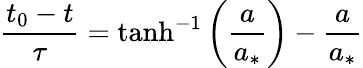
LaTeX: \frac{t_{0}-t}{\tau}=\operatorname{tanh}^{-1}\left(\frac{a}{a_{*}}\right)-\frac{a}{a_{*}}